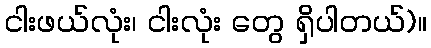
ငါးဖယ်လုံး၊ ငါးလုံး တွေ ရှိပါတယ်)။